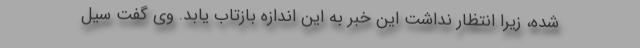
شده، زیرا انتظار نداشت این خبر به این اندازه بازتاب یابد. وی گفت سیل